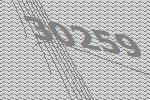
30259